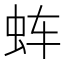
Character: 𰲬